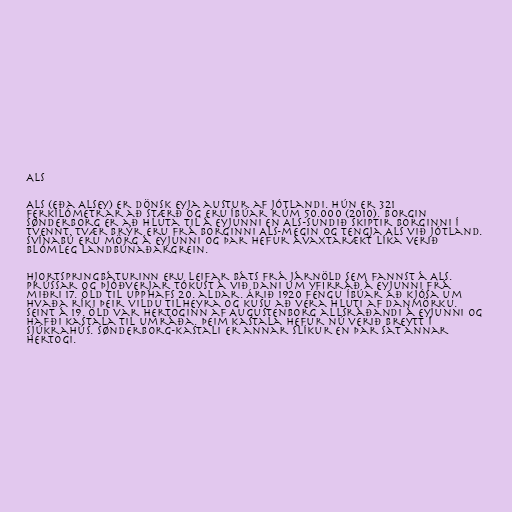
Als

Als (eða Alsey) er dönsk eyja austur af Jótlandi. Hún er 321
ferkílómetrar að stærð og eru íbúar rúm 50.000 (2010). Borgin
Sønderborg er að hluta til á eyjunni en Als-sundið skiptir borginni í
tvennt. Tvær brýr eru frá borginni Als-megin og tengja Als við Jótland.
Svínabú eru mörg á eyjunni og þar hefur ávaxtarækt líka verið
blómleg landbúnaðargrein.

Hjortspringbáturinn eru leifar báts frá járnöld sem fannst á Als.
Prússar og Þjóðverjar tókust á við Dani um yfirráð á eyjunni frá
miðri 17. öld til upphafs 20. aldar. Árið 1920 fengu íbúar að kjósa um
hvaða ríki þeir vildu tilheyra og kusu að vera hluti af Danmörku.
Seint á 19. öld var hertoginn af Augustenborg allsráðandi á eyjunni og
hafði kastala til umráða. Þeim kastala hefur nú verið breytt í
sjúkrahús. Sønderborg-kastali er annar slíkur en þar sat annar
hertogi.